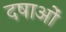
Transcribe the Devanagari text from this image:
दषाओं